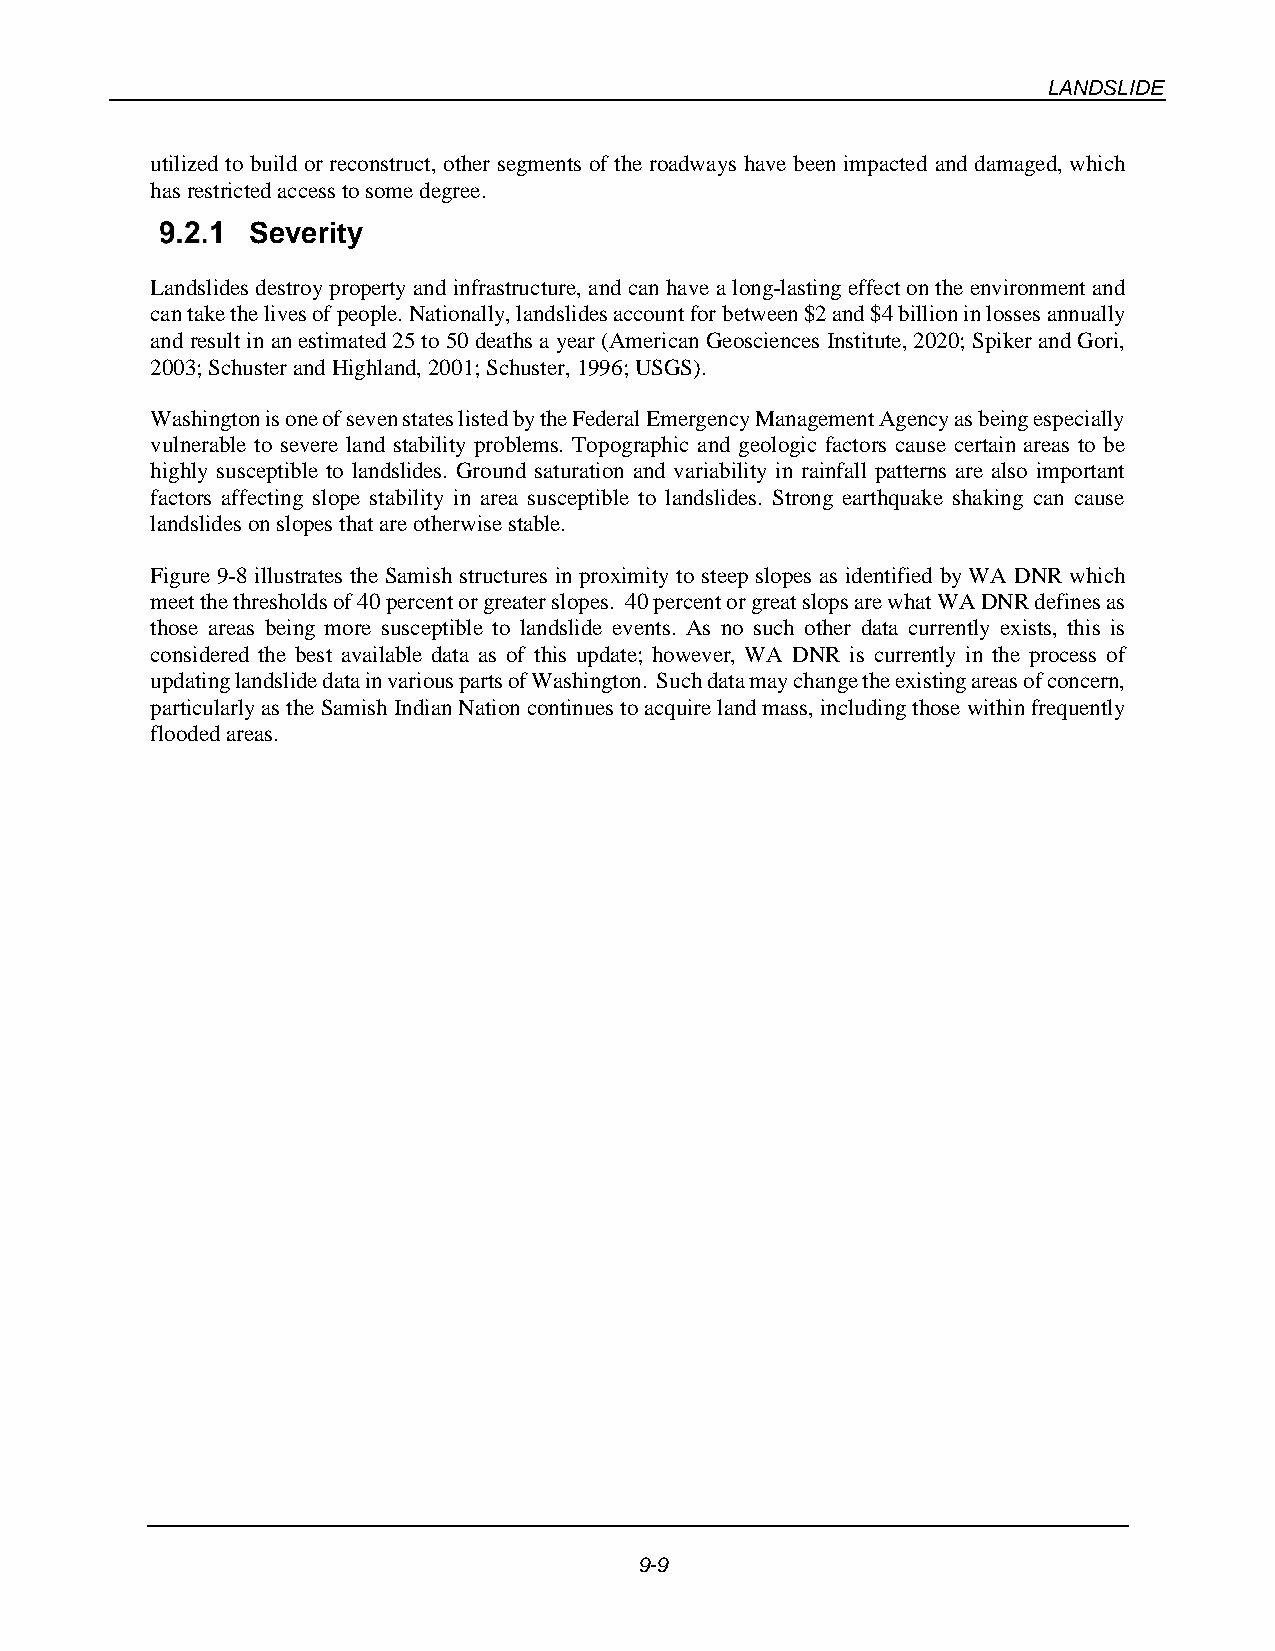
LANDSLIDE
 utilized to build or reconstruct, other segments of the roadways have been impacted and damaged, which
 has restricted access to some degree.
 Severity
 Landslides destroy property and infrastructure, and can have a long-lasting effect on the environment and
 can take the lives of people. Nationally, landslides account for between $2 and $4 billion in losses annually
 and result in an estimated 25 to 50 deaths a year (American Geosciences Institute, 2020; Spiker and Gori,
 2003; Schuster and Highland, 2001; Schuster, 1996; USGS).
 Washington is one of seven states listed by the Federal Emergency Management Agency as being especially
 vulnerable to severe land stability problems. Topographic and geologic factors cause certain areas to be
 highly susceptible to landslides. Ground saturation and variability in rainfall patterns are also important
 factors affecting slope stability in area susceptible to landslides. Strong earthquake shaking can cause
 landslides on slopes that are otherwise stable.
 Figure 9-8 illustrates the Samish structures in proximity to steep slopes as identified by WA DNR which
 meet the thresholds of 40 percent or greater slopes. 40 percent or great slops are what WA DNR defines as
 those areas being more susceptible to landslide events. As no such other data currently exists, this is
 considered the best available data as of this update; however, WA DNR is currently in the process of
 updating landslide data in various parts of Washington. Such data may change the existing areas of concern,
 particularly as the Samish Indian Nation continues to acquire land mass, including those within frequently
 flooded areas.
 9-9